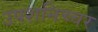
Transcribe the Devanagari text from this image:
उपशनिच्चर